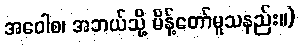
အဝေါစ၊ အဘယ်သို့ မိန့်တော်မူသနည်း။)